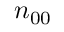
n _ { 0 0 }